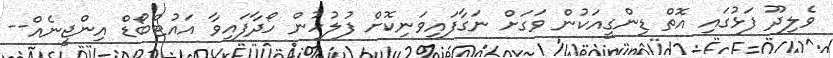
ވެލިދޫ ފަޅުގައި އޮތް ޑިންގީއަކުން ވަގަށް ނަގާފައިވަނިކޮށް ފުލުހުން ހޯދާފައިވާ އައުޓްބޯޑް އިންޖީނެއް--